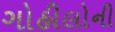
ગોહીલોની